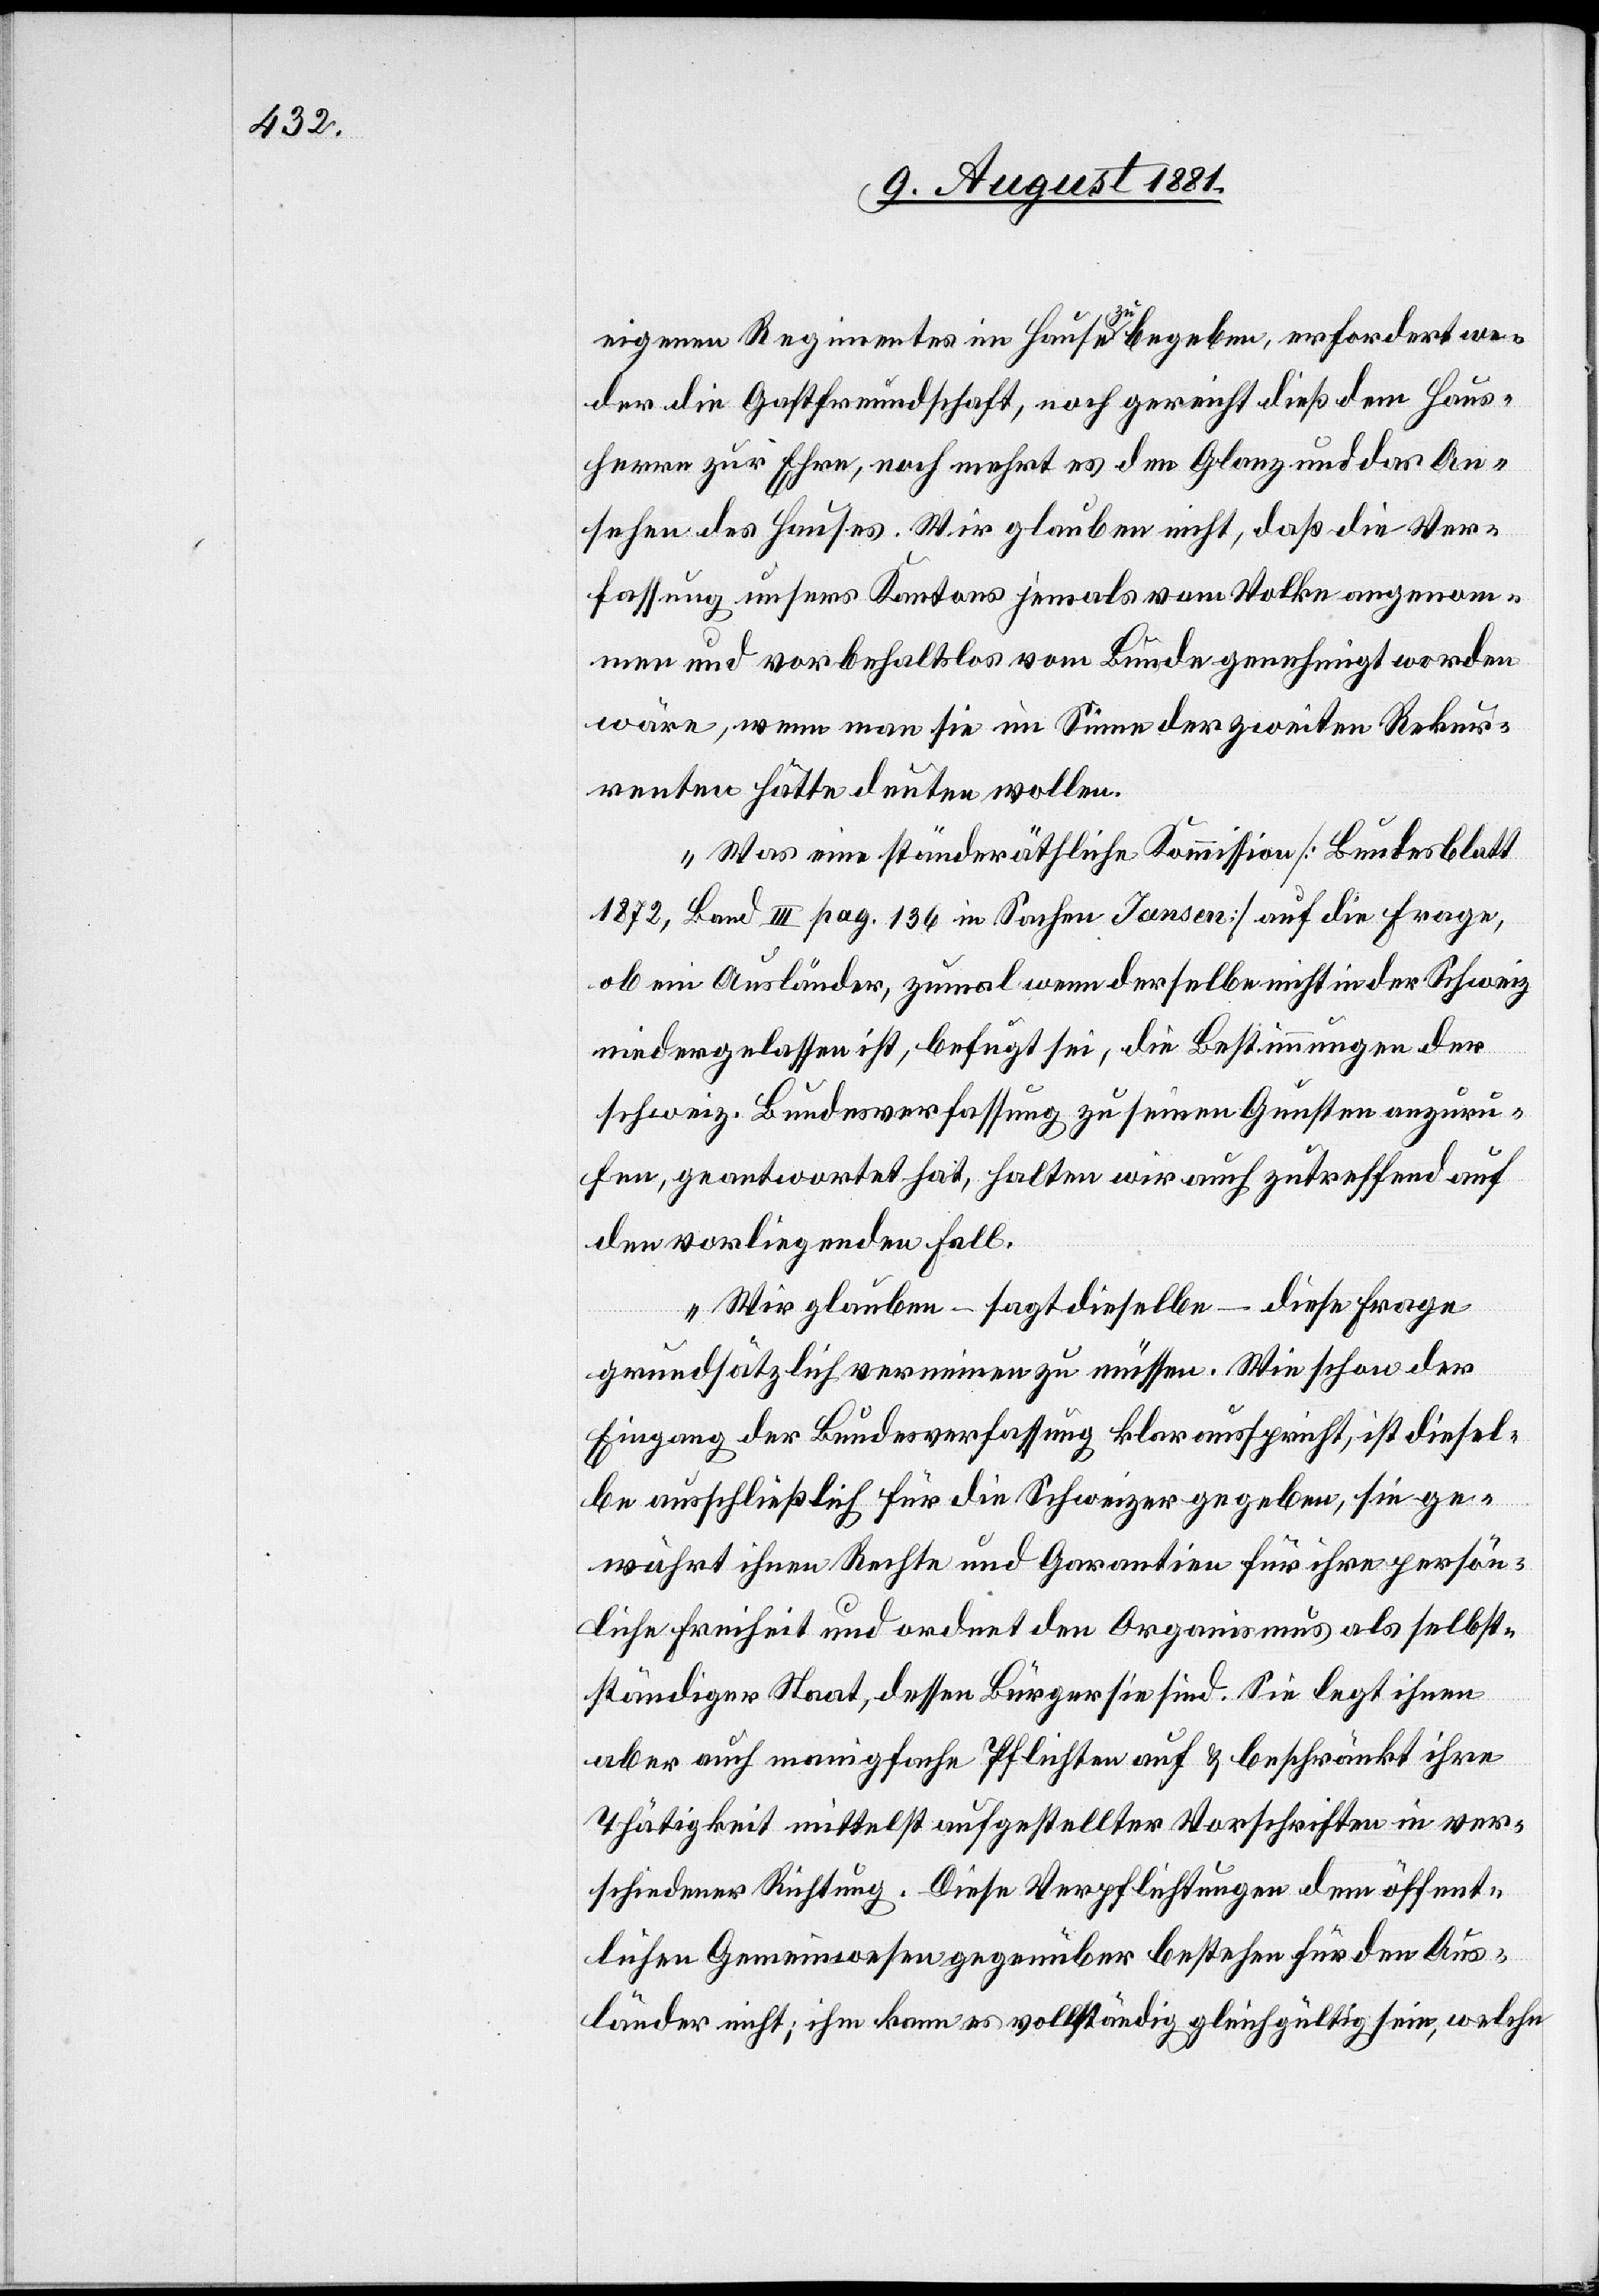
eigenen Regimentes im Hause zu begeben, erfordert we¬
der die Gastfreundschaft, noch gereicht dieß den Haus¬
herrn zu Ehre, noch mehrt es den Glanz und das An¬
sehen des Hauses. Wir glauben nicht, daß die Ver¬
fassung unsers Kantons jemals vom Volke angenom¬
men und vorbehaltslos vom Bunde genehmigt worden
wäre, wenn man sie im Sinne der zweiten Rekur¬
renten hätte deuten wollen.
Was eine ständeräthliche Kommission [Bundesblatt
1872, Band III pag. 136 in Sachen Jansen] auf die Frage
ob ein Ausländer, zumal wenn derselbe nicht in der Schweiz
niedergelassen ist, befugt sei, die Bestimmungen der
schweiz. Bundesverfassung zu seinen Gunsten anzuru¬
fen, geantwortet hat, halten wir auch zutreffend auf
den vorliegenden Fall.
Wir glauben – sagt dieselbe – diese Frage
grundsätzlich verneinen zu müssen. Wie schon der
Eingang der Bundesverfassung klar ausspricht, ist diesel¬
be ausschließlich für die Schweizer gegeben, sie ge¬
währt ihnen Rechte und Garantien für ihre persön¬
liche Freiheit und ordnet den Organismus als selbst¬
ständiger Staat, dessen Bürger sie sind. Sie legt ihnen
aber auch manigfache Pflichten auf & beschränkt ihre
Thätigkeit mittelst aufgestellter Vorschriften dem öffen¬
tlichen Gemeinwesen gegenüber bestehen für den Aus¬
länder nicht; ihm kann es vollständig gleichgültig sein, welche